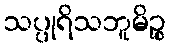
သပ္ပုရိသဘူမိဉ္စ